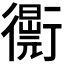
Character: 𧘁